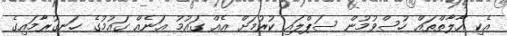
އެކި އާލާތްތައް ހުސްވުމުން ސަޕްލައި ކުރުމަށް އެއް ގައުމު އަނެއް ގައުމުގެ ހަނގުރާމައިގެ